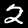
Label: 2